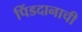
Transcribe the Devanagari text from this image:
पिंडदानाची